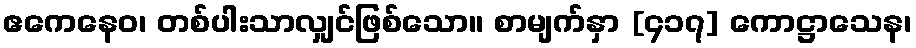
ဧကေနေဝ၊ တစ်ပါးသာလျှင်ဖြစ်သော။ စာမျက်နှာ [၄၁၇] ကောဋ္ဌာသေန၊